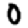
Digit: 0